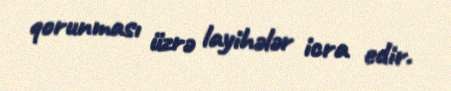
qorunması üzrə layihələr icra edir.